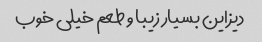
دیزاین بسیار زیبا و طعم خیلی خوب